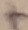
Text: +